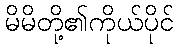
မိမိတို့၏ကိုယ်ပိုင်